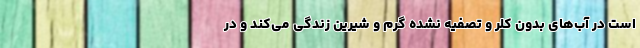
است در آب‌های بدون کلر و تصفیه نشده گرم و شیرین زندگی می‌کند و در